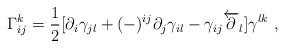
LaTeX: \begin{align*}\Gamma^k_{ij} = {1 \over 2}[\partial_i \gamma_{jl} + (-)^{ij}\partial_j\gamma_{il} - \gamma_{ij}\overleftarrow \partial_l ]\gamma^{lk}\ ,\end{align*}